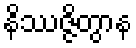
နိဿဇ္ဇိတွာန